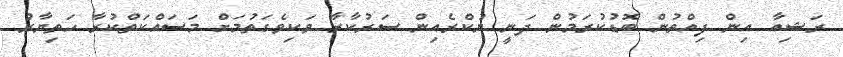
ރަޝިއާ އިން ފިއްތުން ބޮޑުކުރަމުން ދަނީ ޔުކްރެއިން ސަރުކާރާ ވަކިވެގަތުމަށް މަސައްކަތްކުރާ ހަތިޔާރު